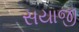
સયાજી